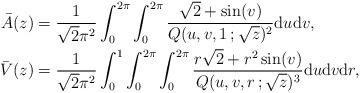
LaTeX: \begin{align*} \bar{A}(z) &= \frac{1}{\sqrt{2}\pi^2}\int_0^{2\pi} \int_0^{2\pi} \frac{\sqrt{2} + \sin(v)}{Q(u,v,1\,;\sqrt{z})^2} \mathrm{d}u\mathrm{d}v, \\ \bar{V}(z) &= \frac{1}{\sqrt{2}\pi^2}\int_0^{1} \int_0^{2\pi}\int_0^{2\pi} \frac{r\sqrt{2} + r^2\sin(v)}{Q(u,v,r\,;\sqrt{z})^3} \mathrm{d}u\mathrm{d}v\mathrm{d}r,\end{align*}